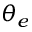
\theta _ { e }